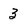
Character: 3